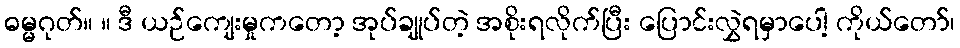
ဓမ္မဂုတ်။ ။ ဒီ ယဉ်ကျေးမှုကတော့ အုပ်ချုပ်တဲ့ အစိုးရလိုက်ပြီး ပြောင်းလွှဲရမှာပေါ့ ကိုယ်တော်၊